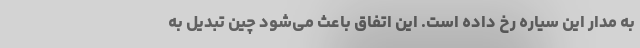
به مدار این سیاره رخ داده است. این اتفاق باعث می‌شود چین تبدیل به